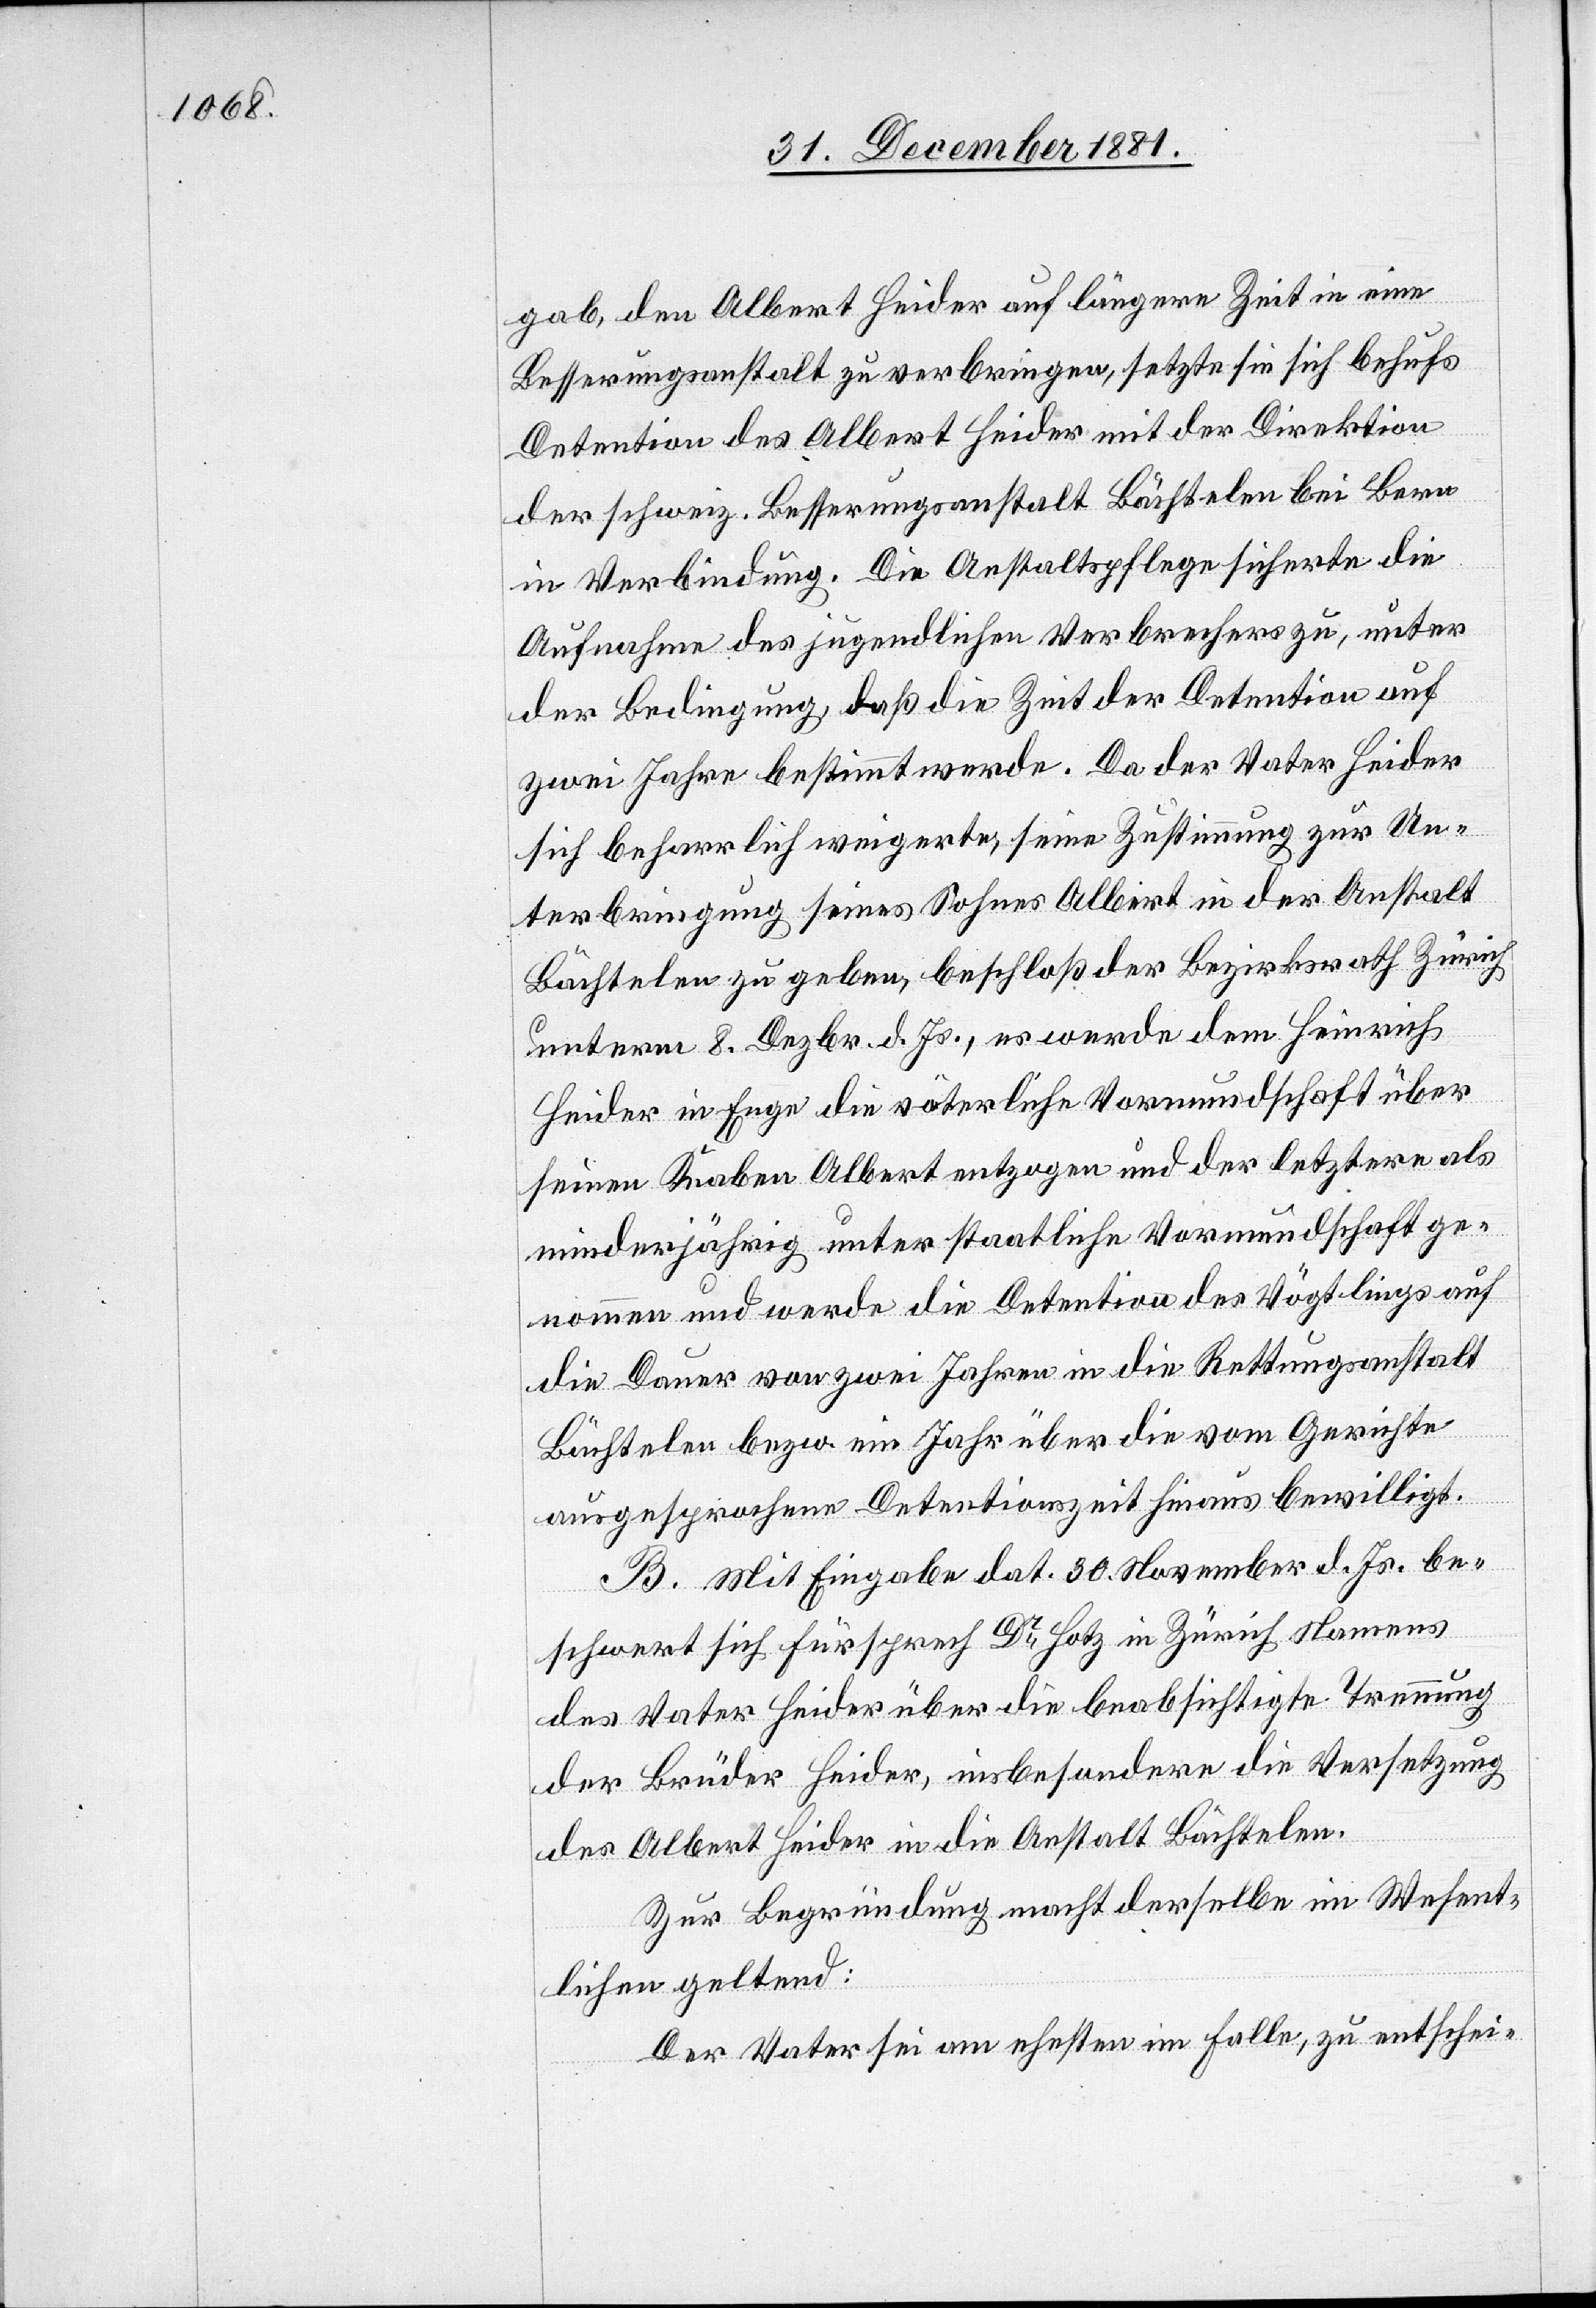
gab, den Albert Heider auf längere Zeit in eine
Besserungsanstalt zu verbringen, setzte sie sich behufs
Detention des Albert Heider mit der Direktion
der schweiz. Besserungsanstalt Bächtelen bei Bern
in Verbindung. Die Anstaltspflege sicherte die
Aufnahme des jugendlichen Verbrechers zu, unter
der Bedingung, daß die Zeit der Detention auf
zwei Jahre bestimmt werde. Da der Vater Heider
sich beharrlich weigerte, seine Zustimmung zur Un¬
terbringung seines Sohnes Albert in der Anstalt
Bächtelen zu geben, beschloß der Bezirksrath Zürich
unterm 8. Dezbr. d. Js., es werde dem Heinrich
Heider in Enge die väterliche Vormundschaft über
seinen Knaben Albert entzogen und der letztere als
minderjährig unter staatliche Vormundschaft ge¬
nommen und werde die Detention des Vögtlings auf
die Dauer von zwei Jahren in die Rettungsanstalt
Bächtelen bezw. ein Jahr über die vom Gerichte
ausgesprochene Detentionszeit hinaus bewilligt.
B. Mit Eingabe dat. 30. November d. Js. be¬
schwert sich Fürsprech Dr Hotz in Zürich Namens
des Vater Heider über die beabsichtigte Trennung
der Brüder Heider, insbesondere die Versetzung
des Albert Heider in die Anstalt Bächtelen.
Zur Begründung macht derselbe im Wesent¬
lichen geltend:
Der Vater sei am ehesten im Falle, zu entschei-